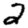
Digit: 2